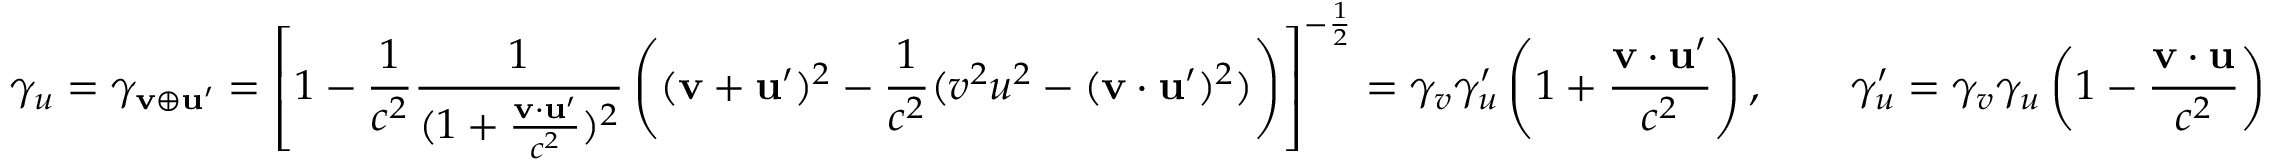
\gamma _ { u } = \gamma _ { \mathbf { v } \oplus \mathbf { u } ^ { \prime } } = \left[ 1 - { \frac { 1 } { c ^ { 2 } } } { \frac { 1 } { ( 1 + { \frac { \mathbf { v } \cdot \mathbf { u } ^ { \prime } } { c ^ { 2 } } } ) ^ { 2 } } } \left( ( \mathbf { v } + \mathbf { u } ^ { \prime } ) ^ { 2 } - { \frac { 1 } { c ^ { 2 } } } ( v ^ { 2 } u ^ { 2 } - ( \mathbf { v } \cdot \mathbf { u } ^ { \prime } ) ^ { 2 } ) \right) \right] ^ { - { \frac { 1 } { 2 } } } = \gamma _ { v } \gamma _ { u } ^ { \prime } \left( 1 + { \frac { \mathbf { v } \cdot \mathbf { u } ^ { \prime } } { c ^ { 2 } } } \right) , \quad \quad \gamma _ { u } ^ { \prime } = \gamma _ { v } \gamma _ { u } \left( 1 - { \frac { \mathbf { v } \cdot \mathbf { u } } { c ^ { 2 } } } \right)